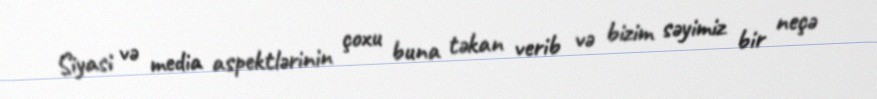
Siyasi və media aspektlərinin çoxu buna təkan verib və bizim səyimiz bir neçə